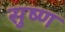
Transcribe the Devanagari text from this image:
सुष्ण